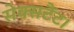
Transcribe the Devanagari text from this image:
सेक्सटैंट।